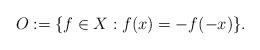
LaTeX: \begin{align*}O := \{ f \in X: f(x) = -f(-x)\}.\end{align*}